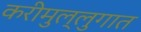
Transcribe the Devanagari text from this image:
करीमुल्लुगात